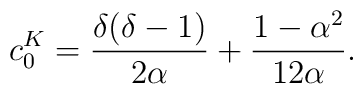
\displaystyle c^K_0= \frac{\delta(\delta - 1)}{2\alpha} +\frac{1-\alpha^{2}}{12\alpha }.